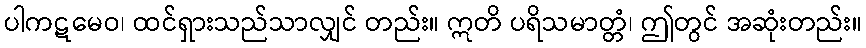
ပါကဋမေဝ၊ ထင်ရှားသည်သာလျှင် တည်း။ ဣတိ ပရိသမာတ္တံ၊ ဤတွင် အဆုံးတည်း။